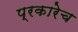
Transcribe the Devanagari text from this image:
प्रकारेच